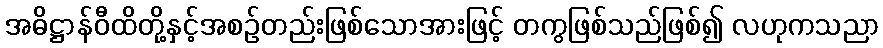
အဓိဋ္ဌာန်ဝီထိတို့နှင့်အစဉ်တည်းဖြစ်သောအားဖြင့် တကွဖြစ်သည်ဖြစ်၍ လဟုကသညာ